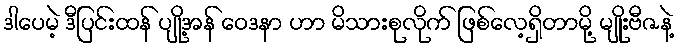
ဒါပေမဲ့ ဒီပြင်းထန် ပျို့အန် ဝေဒနာ ဟာ မိသားစုလိုက် ဖြစ်လေ့ရှိတာမို့ မျိုးဗီဇနဲ့